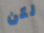
لكن